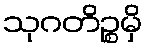
သုဂတိဉ္စမှိ